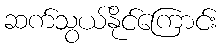
ဆက်သွယ်နိုင်ကြောင်း